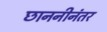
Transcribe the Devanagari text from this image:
छाननीनंतर